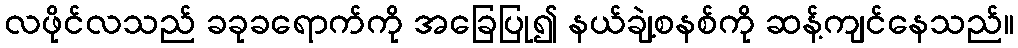
လဖိုင်လသည် ခခုခရောက်ကို အခြေပြု၍ နယ်ချဲ့စနစ်ကို ဆန့်ကျင်နေသည်။